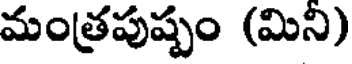
మంత్రపుష్పం (మిని)